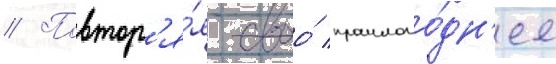
// Повтор'я́я своо́ прошлого́дн'ее